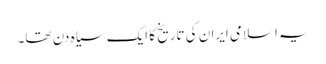
یہ اسلامی ایران کی تاریخ کا ایک سیاہ دن تھا۔